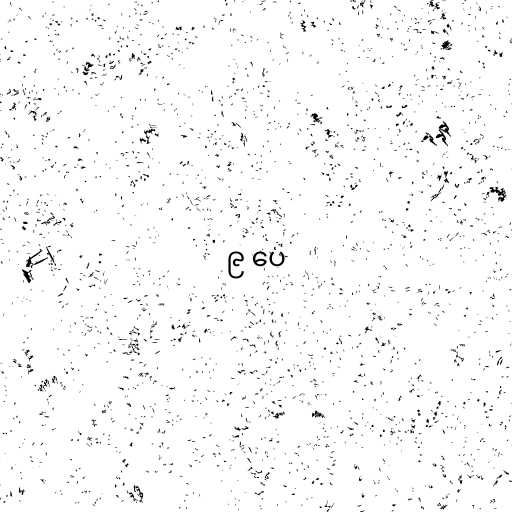
၉ ပေ